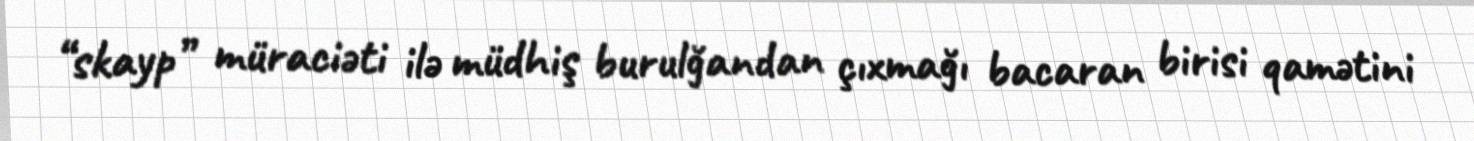
“skayp” müraciəti ilə müdhiş burulğandan çıxmağı bacaran birisi qamətini